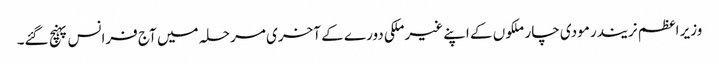
وزیر اعظم نریندر مودی چار ملکوں کے اپنے غیرملکی دورے کے آخری مرحلہ میں آج فرانس پہنچ گئے۔